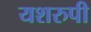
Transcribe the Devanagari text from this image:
यशरुपी